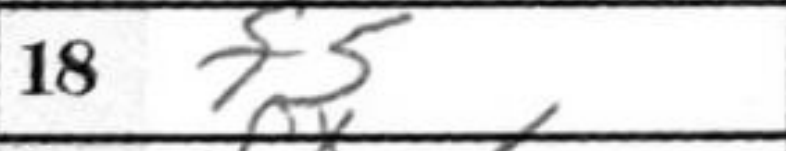
Transcription: f5